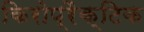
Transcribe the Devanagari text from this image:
किरोप्रैक्टिक